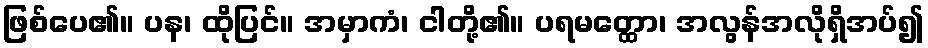
ဖြစ်ပေ၏။ ပန၊ ထိုပြင်။ အမှာကံ၊ ငါတို့၏။ ပရမတ္ထော၊ အလွန်အလိုရှိအပ်၍